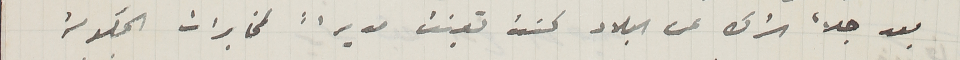
بعد جلأ الترك عن البلاد كنت تعينت مديراً لمخابرات الحكومة